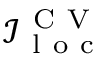
\mathcal { I } _ { \mathrm { ~ l ~ o ~ c ~ } } ^ { \mathrm { ~ C ~ V ~ } }